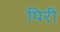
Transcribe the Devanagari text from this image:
पिरी